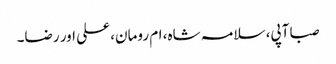
صبا آپی، سلامہ شاہ، ام رومان، علی اور رضا۔